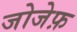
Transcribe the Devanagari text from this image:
जोजेफ़